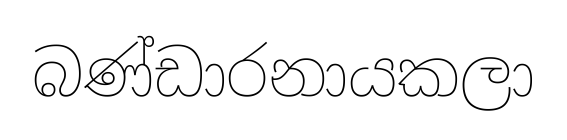
බණ්ඩාරනායකලා